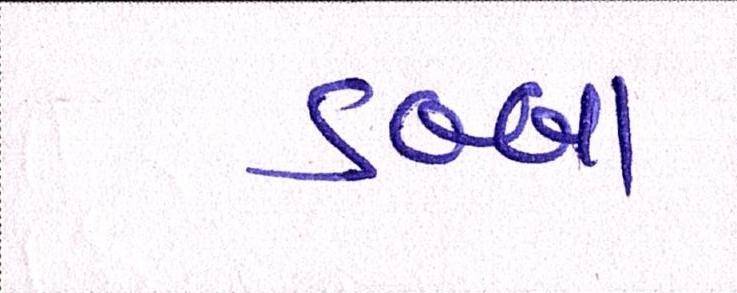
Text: ડબ્બા